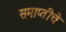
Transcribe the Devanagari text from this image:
समाप्तीचे